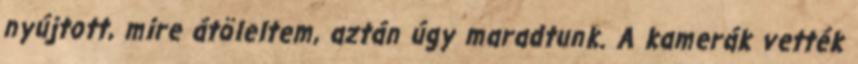
nyúj­tott, mi­re átöleltem, aztán úgy maradtunk. A kamerák vették